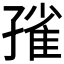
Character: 𡦓